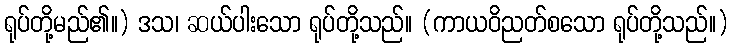
ရုပ်တို့မည်၏။) ဒသ၊ ဆယ်ပါးသော ရုပ်တို့သည်။ (ကာယဝိညတ်စသော ရုပ်တို့သည်။)